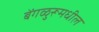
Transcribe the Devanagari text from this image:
बेंगळुरूमधील